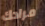
مرادك